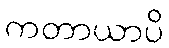
ကတာယာပိ